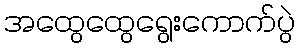
အထွေထွေရွေးကောက်ပွဲ